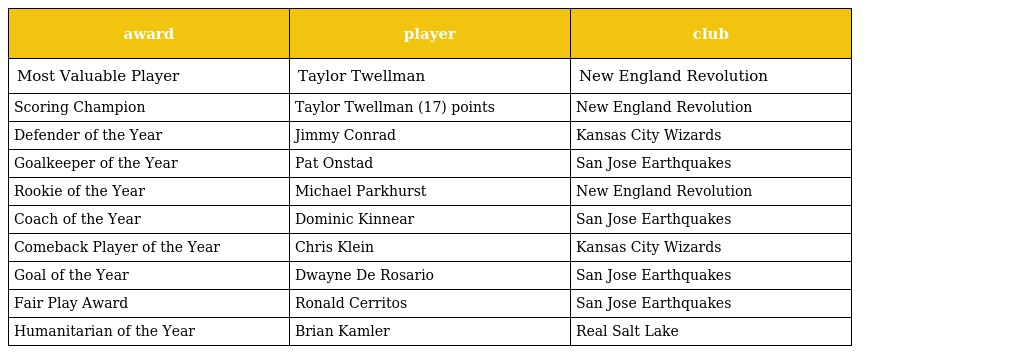
| award | player | club |
 | --- | --- | --- |
 | Most Valuable Player | Taylor Twellman | New England Revolution |
 | Scoring Champion | Taylor Twellman (17) points | New England Revolution |
 | Defender of the Year | Jimmy Conrad | Kansas City Wizards |
 | Goalkeeper of the Year | Pat Onstad | San Jose Earthquakes |
 | Rookie of the Year | Michael Parkhurst | New England Revolution |
 | Coach of the Year | Dominic Kinnear | San Jose Earthquakes |
 | Comeback Player of the Year | Chris Klein | Kansas City Wizards |
 | Goal of the Year | Dwayne De Rosario | San Jose Earthquakes |
 | Fair Play Award | Ronald Cerritos | San Jose Earthquakes |
 | Humanitarian of the Year | Brian Kamler | Real Salt Lake |